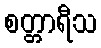
စတ္တာရီသ